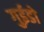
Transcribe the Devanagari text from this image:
गुईडो